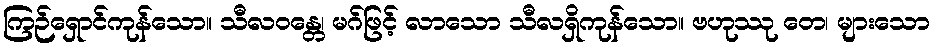
ကြဉ်ရှောင်ကုန်သော။ သီလဝန္တေ၊ မဂ်ဖြင့် လာသော သီလရှိကုန်သော။ ဗဟုဿု တေ၊ များသော